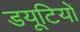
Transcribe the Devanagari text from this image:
डयूटियों